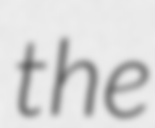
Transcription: the